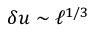
\delta u \sim \ell ^ { 1 / 3 }